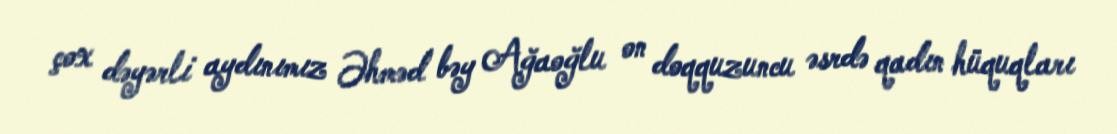
çox dəyərli aydınımız Əhməd bəy Ağaoğlu on doqquzuncu əsrdə qadın hüquqları